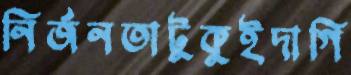
নির্জনতাটুকুইদাগি